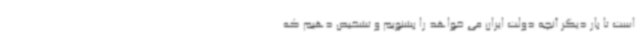
است تا بار دیگر آنچه دولت ایران می خواهد را بشنویم و تشخیص دهیم که